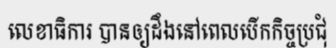
លេខាធិការ បានឲ្យដឹងនៅពេលបើកកិច្ចប្រជុំ